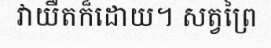
វាយឺតក៏ដោយ។ សត្វព្រៃ